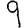
Digit: 9